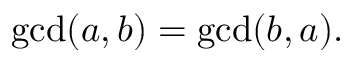
\operatorname* { g c d } ( a , b ) = \operatorname* { g c d } ( b , a ) .